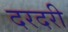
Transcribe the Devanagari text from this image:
दरदरी